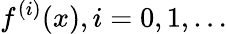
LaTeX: f^{(i)}(x),i=0,1,\dots